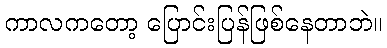
ကာလကတော့ ပြောင်းပြန်ဖြစ်နေတာဘဲ။